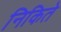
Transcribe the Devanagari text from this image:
निकिते